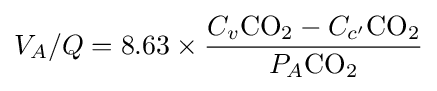
V_{A}/Q=8.63\times {\frac {C_{v}{\ce {CO2}}-C_{c'}{\ce {CO2}}}{P_{A}{\ce {CO2}}}}